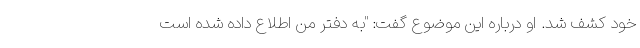
خود کشف شد. او درباره این موضوع گفت: "به دفتر من اطلاع داده شده است